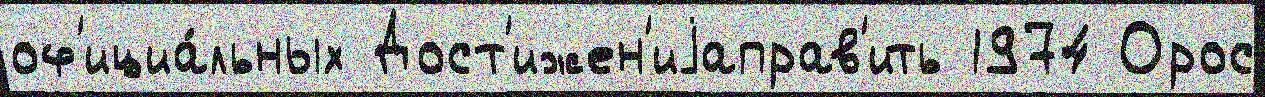
оф'ициа́льных Дост'ижен'иjаправ'ить 1974 Орос